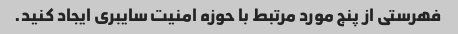
فهرستی از پنج مورد مرتبط با حوزه امنیت سایبری ایجاد کنید.